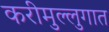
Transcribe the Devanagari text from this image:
करीमुल्लुगात